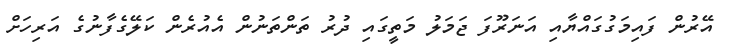
އޭރުން ފައިމަގުގައްޔާއި އަނަރޫފަ ޖަމަލު މަތީގައި ދުރު ތަންތަނުން އެއުރެން ކަލޭގެފާނުގެ އަރިހަށް